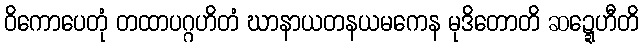
ဝိကောပေတုံ တထာပဂ္ဂဟိတံ ဃာနာယတနယမကေန မုဒိတောတိ ဆဍ္ဍေဟီတိ